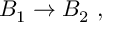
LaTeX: { \cal B } _ { 1 } \rightarrow { \cal B } _ { 2 } \ ,